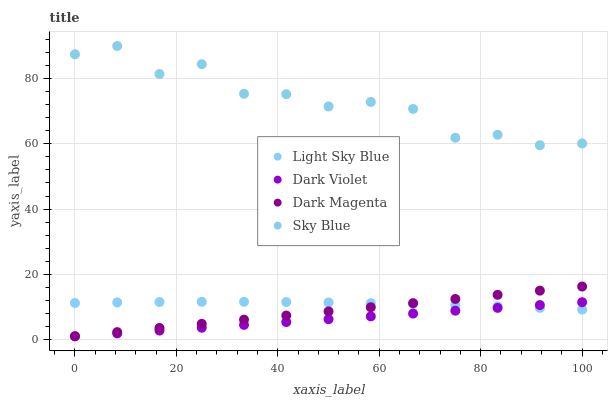
| xaxis_label | Light Sky Blue | Dark Violet | Dark Magenta | Sky Blue |
 | --- | --- | --- | --- | --- |
 | 0 | 11.2 | 1 | 1 | 87.5 |
 | 8.33 | 11.4 | 1.87 | 2.27 | 90 |
 | 16.7 | 11.5 | 2.74 | 3.54 | 81.4 |
 | 25 | 11.6 | 3.61 | 4.81 | 84.4 |
 | 33.3 | 11.6 | 4.48 | 6.08 | 75.4 |
 | 41.7 | 11.5 | 5.35 | 7.35 | 75.2 |
 | 50 | 11.3 | 6.22 | 8.62 | 71.5 |
 | 58.3 | 11.1 | 7.09 | 9.89 | 72.9 |
 | 66.7 | 10.9 | 7.96 | 11.2 | 70.7 |
 | 75 | 10.6 | 8.83 | 12.4 | 61.9 |
 | 83.3 | 10.2 | 9.7 | 13.7 | 62.8 |
 | 91.7 | 9.7 | 10.6 | 15 | 59.6 |
 | 100 | 9.18 | 11.4 | 16.2 | 60.1 |